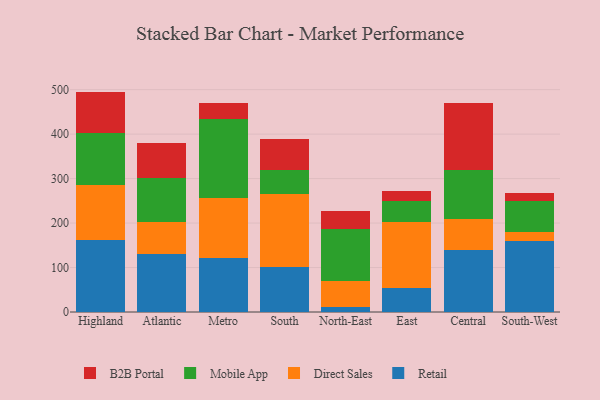
{"axis": {"x": "Region", "y": "Revenue (USD Million)"}, "legend": ["B2B Portal", "Direct Sales", "Mobile App", "Retail"], "data": [{"x": "Highland", "y": 162.5, "type": "Retail"}, {"x": "Highland", "y": 122.7, "type": "Direct Sales"}, {"x": "Highland", "y": 117.1, "type": "Mobile App"}, {"x": "Highland", "y": 93.3, "type": "B2B Portal"}, {"x": "Atlantic", "y": 130.7, "type": "Retail"}, {"x": "Atlantic", "y": 72.8, "type": "Direct Sales"}, {"x": "Atlantic", "y": 98.1, "type": "Mobile App"}, {"x": "Atlantic", "y": 77.5, "type": "B2B Portal"}, {"x": "Metro", "y": 121.3, "type": "Retail"}, {"x": "Metro", "y": 135.7, "type": "Direct Sales"}, {"x": "Metro", "y": 176.1, "type": "Mobile App"}, {"x": "Metro", "y": 37.7, "type": "B2B Portal"}, {"x": "South", "y": 101.8, "type": "Retail"}, {"x": "South", "y": 164.0, "type": "Direct Sales"}, {"x": "South", "y": 54.2, "type": "Mobile App"}, {"x": "South", "y": 68.4, "type": "B2B Portal"}, {"x": "North-East", "y": 12.1, "type": "Retail"}, {"x": "North-East", "y": 58.4, "type": "Direct Sales"}, {"x": "North-East", "y": 115.6, "type": "Mobile App"}, {"x": "North-East", "y": 41.5, "type": "B2B Portal"}, {"x": "East", "y": 54.9, "type": "Retail"}, {"x": "East", "y": 148.2, "type": "Direct Sales"}, {"x": "East", "y": 46.0, "type": "Mobile App"}, {"x": "East", "y": 22.1, "type": "B2B Portal"}, {"x": "Central", "y": 139.3, "type": "Retail"}, {"x": "Central", "y": 69.0, "type": "Direct Sales"}, {"x": "Central", "y": 111.4, "type": "Mobile App"}, {"x": "Central", "y": 149.3, "type": "B2B Portal"}, {"x": "South-West", "y": 158.8, "type": "Retail"}, {"x": "South-West", "y": 21.1, "type": "Direct Sales"}, {"x": "South-West", "y": 68.9, "type": "Mobile App"}, {"x": "South-West", "y": 18.0, "type": "B2B Portal"}]}